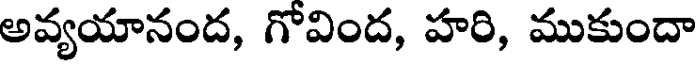
అవ్యయానంద, గోవింద, హరి, ముకుందా